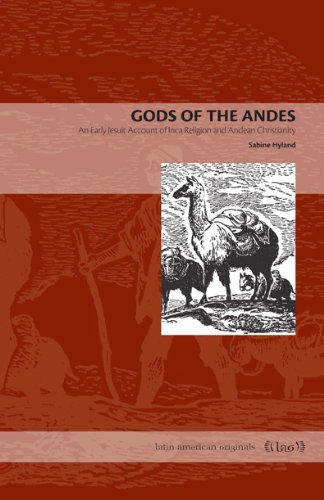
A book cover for Gods of the Andes: An Early Jesuit Account of Inca Religion and Andean Christianity (Latin American Originals); Sabine Hyland; History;